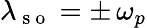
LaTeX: \lambda_{\mathrm{~s~o~}}=\pm\, \omega_{p}